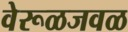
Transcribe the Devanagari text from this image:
वेरूळजवळ